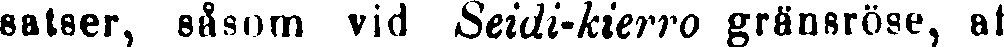
satser, såsom vid Seidi-kierro gränsröse, af